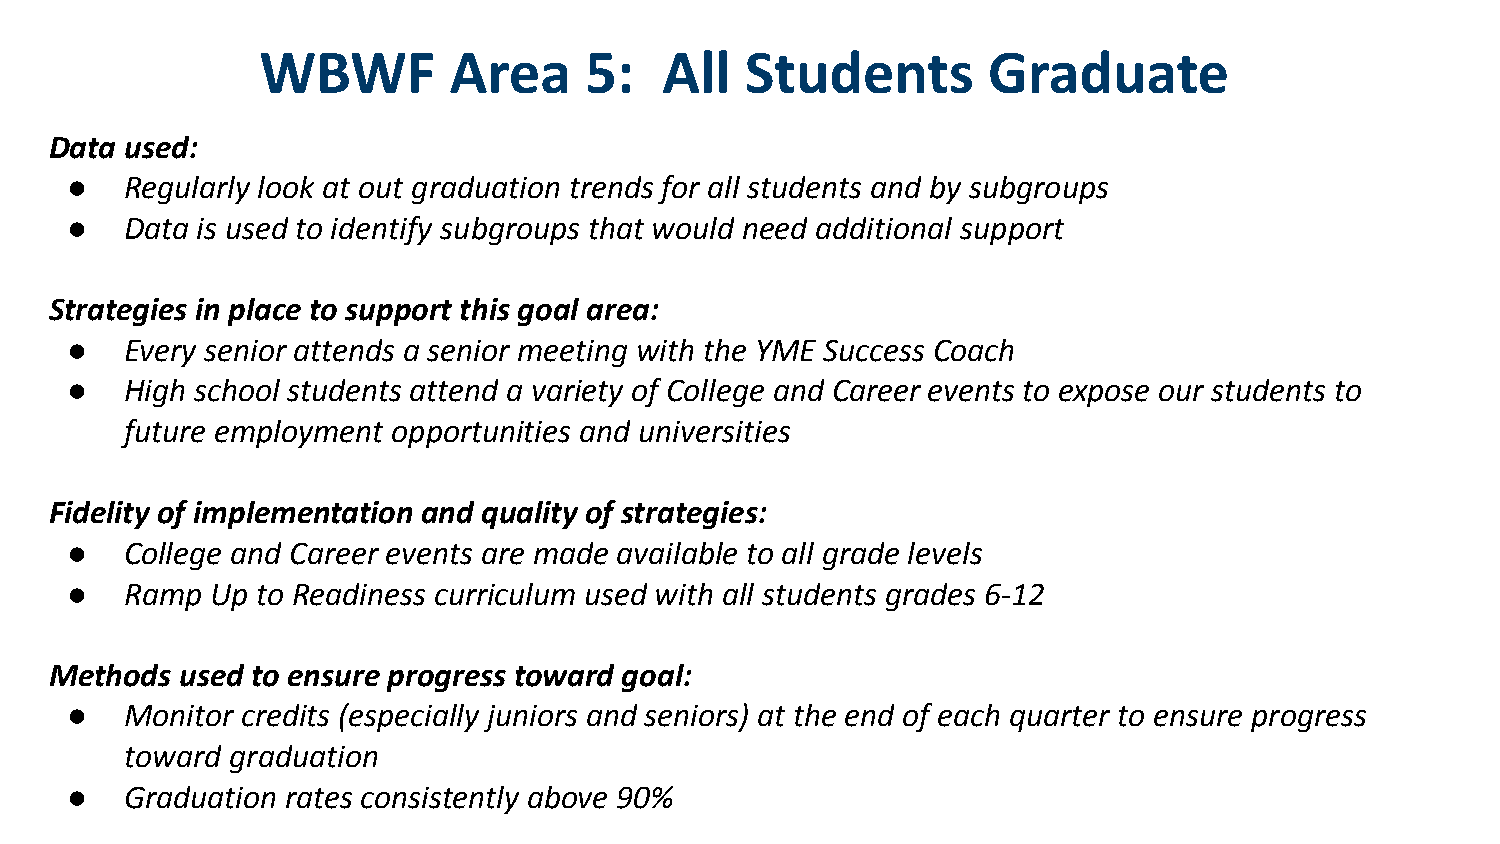
WBWF         Area     5:   All  Students        Graduate
 Data used:
 ●   Regularly look at out graduation trends for all students and by subgroups
 ●   Data is used to identify subgroups that would need additional support
 Strategies in place to support this goal area:
 ●   Every senior attends a senior meeting with the YME Success Coach
 ●   High school students attend a variety of College and Career events to expose our students to
 future employment opportunities and universities
 Fidelity of implementation and quality of strategies:
 ●   College and Career events are made available to all grade levels
 ●   Ramp  Up to Readiness curriculum used with all students grades 6-12
 Methods  used to ensure progress toward goal:
 ●   Monitor credits (especially juniors and seniors) at the end of each quarter to ensure progress
 toward graduation
 ●   Graduation rates consistently above 90%